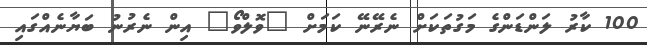
100 ކާރު ލަންޑަންގެ މަގުތަކަށް ނެރޭނޭ ކަމަށް "ވޮލްވޯ" އިން ނެރުނު ބަޔާނެއްގައި